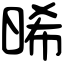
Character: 晞